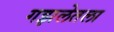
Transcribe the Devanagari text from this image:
गझलेतला